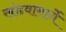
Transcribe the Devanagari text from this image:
खंडवामार्गे